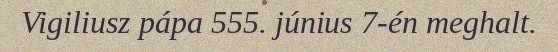
Vigiliusz pápa 555. június 7-én meghalt.